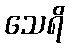
သေရိ